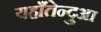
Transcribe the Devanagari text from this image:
यहाँतेन्दुआ